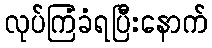
လုပ်ကြံခံရပြီးနောက်